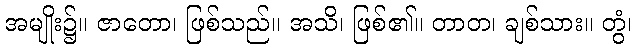
အမျိုး၌။ ဇာတော၊ ဖြစ်သည်။ အသိ၊ ဖြစ်၏။ တာတ၊ ချစ်သား။ တွံ၊